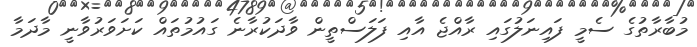
މުބާރާތުގެ ސެމީ ފައިނަލުގައި ރާއްޖެ އާއި ފަލަސްތީން ވާދަކުރާނެ ގައުމުތައް ކަށަވަރުވާނީ މާދަމާ